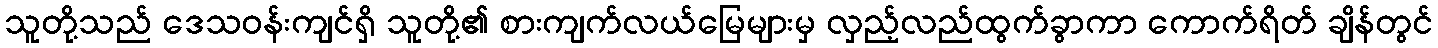
သူတို့သည် ဒေသဝန်းကျင်ရှိ သူတို့၏ စားကျက်လယ်မြေများမှ လှည့်လည်ထွက်ခွာကာ ကောက်ရိတ် ချိန်တွင်